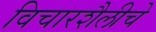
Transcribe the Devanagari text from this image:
विचारशैलीचे